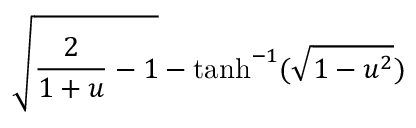
\sqrt { \frac { 2 } { 1 + u } - 1 } - \operatorname { t a n h } ^ { - 1 } ( \sqrt { 1 - u ^ { 2 } } )